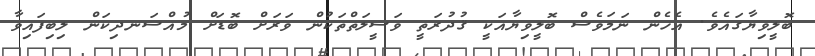
ބޮލީވިޔާގައެވެ. އެހެން ނަމަވެސް ބޮލީވިޔާއަކީ ޤުދުރަތީ ވަސީލަތްތަކުން ވަރަށް ބޮޑަށް މުއްސަނދިކަން ލިބިފައިވާ